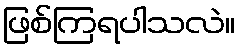
ဖြစ်ကြရပါသလဲ။